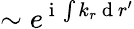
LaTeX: \sim e^{\mathrm{~i~}\int k_{r}\mathrm{~d~}r^{\prime}}